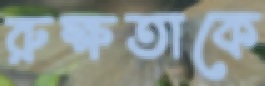
রুক্ষতাকে